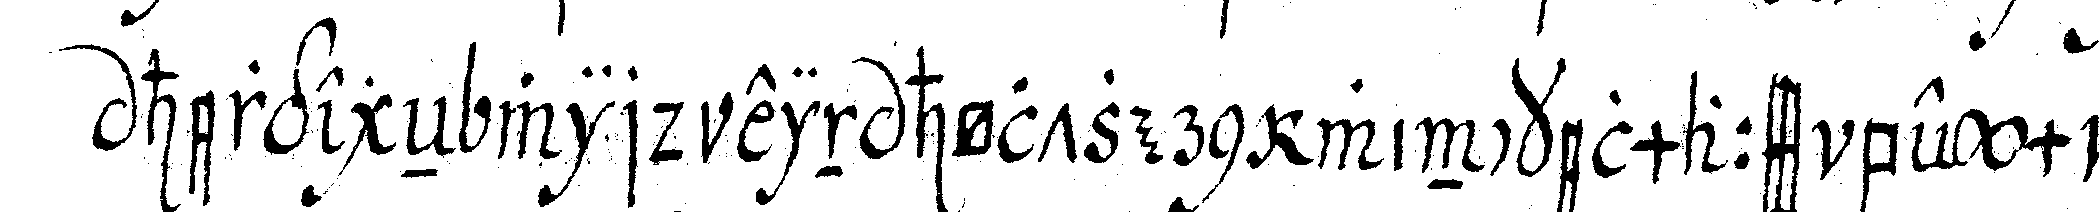
hergegeN wird ein höltzern winckelmass beym